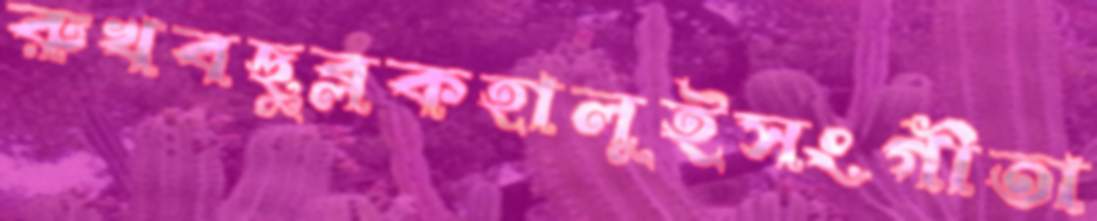
রুখবছুব্‌লকহালুইসংগীতা